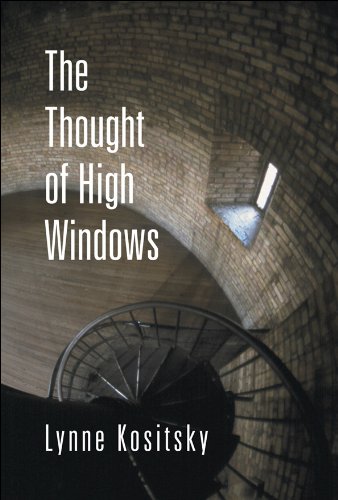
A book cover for The Thought of High Windows; Lynne Kositsky; Teen & Young Adult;